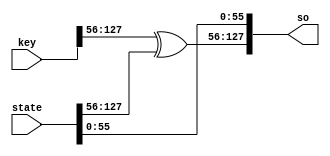
module addtweakkey (/*AUTOARG*/
   // Outputs
   so,
   // Inputs
   key, state
   ) ;
   output [127:0] so;
   input  [127:0] key, state;

   assign so = {key[127:56] ^ state[127:56], state[55:0]};
endmodule // addtweakkey